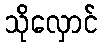
သိုလှောင်